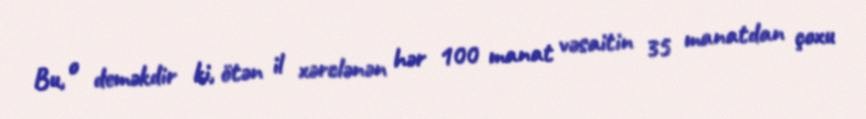
Bu, o deməkdir ki, ötən il xərclənən hər 100 manat vəsaitin 35 manatdan çoxu